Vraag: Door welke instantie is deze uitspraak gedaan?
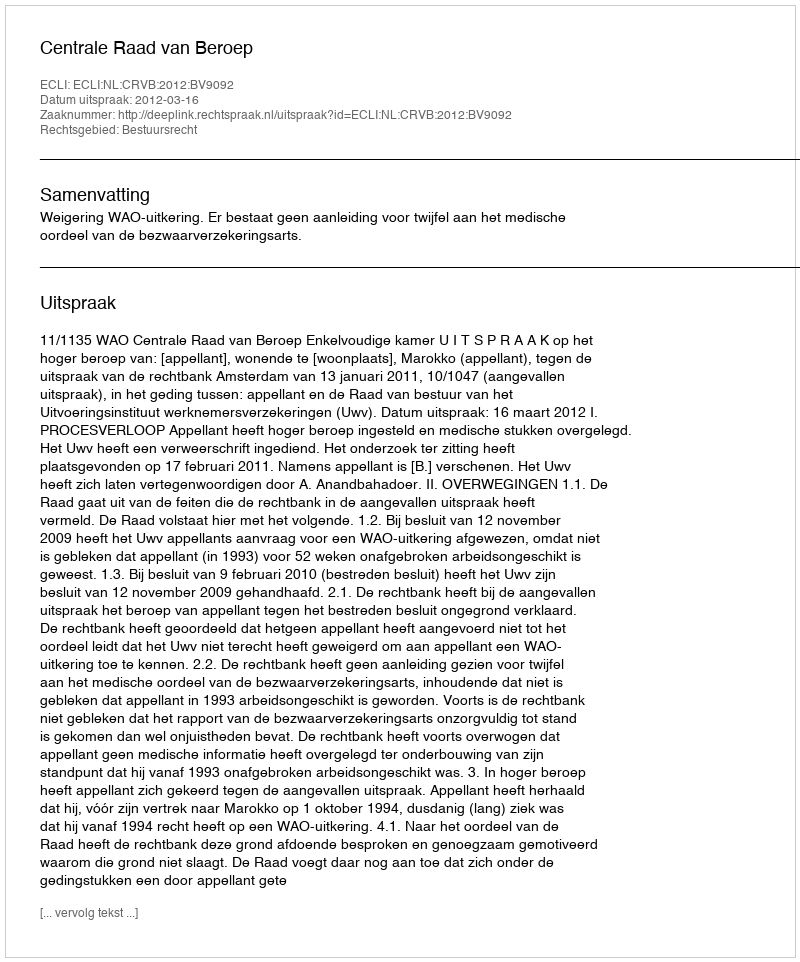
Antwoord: Centrale Raad van Beroep